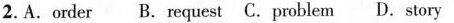
2.A.order B.request C.problem D.story